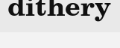
dithery